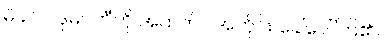
မိခင် ပဒုမဝတီကို အထက်ပါအတိုင်း ခေါ်ဝေါ်ကြ၏။